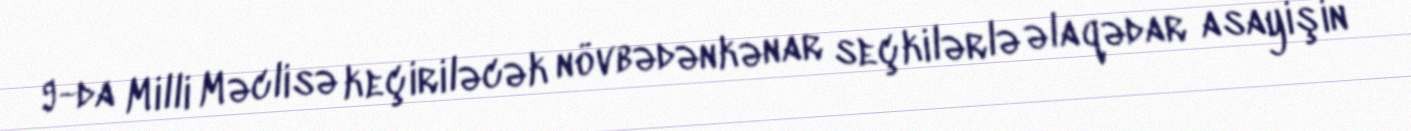
9-da Milli Məclisə keçiriləcək növbədənkənar seçkilərlə əlaqədar asayişin